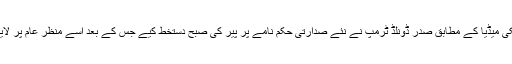
امریکی میڈیا کے مطابق صدر ڈونلڈ ٹرمپ نے نئے صدارتی حکم نامے پر پیر کی صبح دستخط کیے جس کے بعد اسے منظر عام پر لایا گیا۔